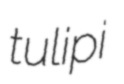
tulipi